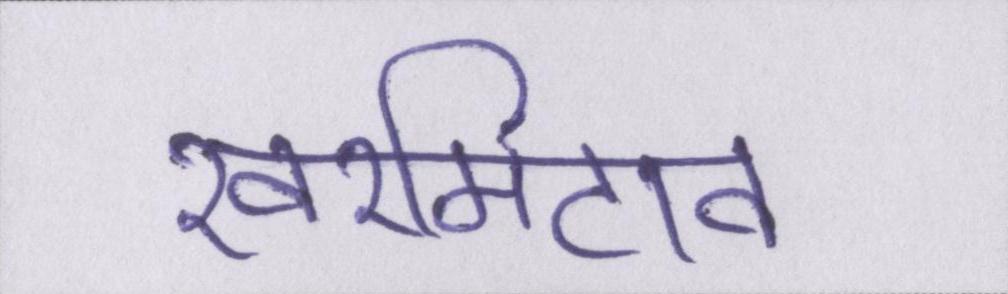
खरमिटाव